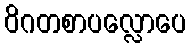
ဝိဂတစာပလ္လောပေ